Punjab Mental Hospital Lahore 1922-31 - 1922-1931
Year: 1922
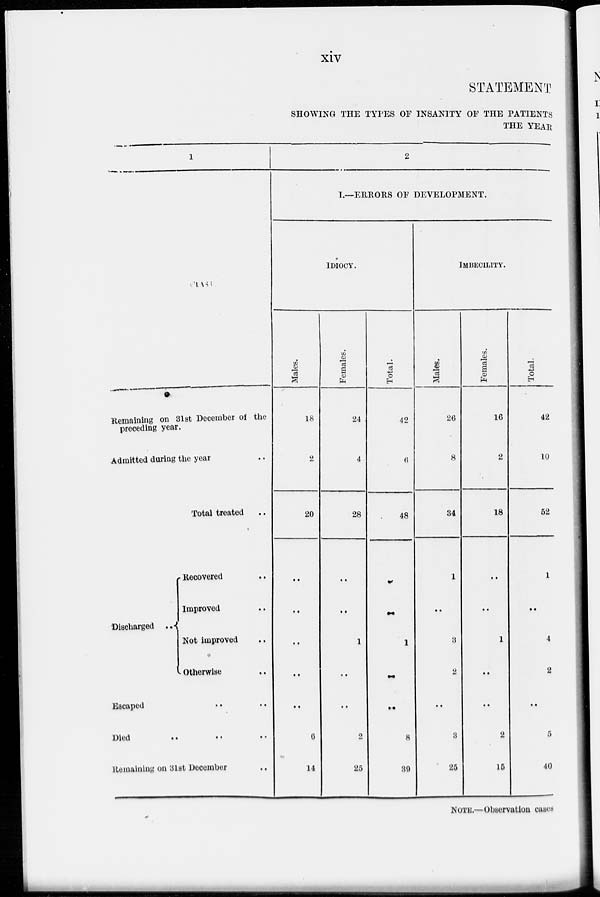
xiv
STATEMENT
SHOWING THE TYPES OF INSANITY OF THE PATIENTS
THE YEAR
1
CLASS.
Remaining on 31st December of the
preceding year.
Admitted during the year ..
Total treated ..
Discharged
..
Recovered ..
Improved ..
Not improved ..
Otherwise ..
Escaped
..
..
Died
..
..
..
Remaining on 31st December
..
2
I.—ERRORS OF DEVELOPMENT.
IDIOCY.
Males.
18
2
20
..
..
..
..
..
6
14
Females.
24
4
28
..
..
1
..
..
2
25
Total.
42
6
48
..
..
1
..
..
8
39
IMBECILITY.
Males.
26
8
34
1
..
3
2
..
3
25
Females.
16
2
18
..
..
1
..
..
2
15
Total.
42
10
52
1
..
4
2
..
5
40
NOTE.—Observation cases